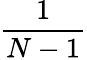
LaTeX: \frac{1}{N-1}